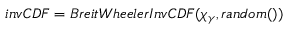
i n v C D F = B r e i t W h e e l e r I n v C D F ( \chi _ { \gamma } , r a n d o m ( ) )